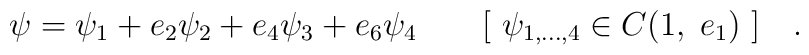
\psi =\psi _{1}+e_{2}\psi _{2}+e_{4}\psi _{3}+e_{6}\psi _{4}\quad \quad[~\psi _{1,...,4}\in C(1,\;e_{1})~]\quad .